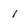
Character: l